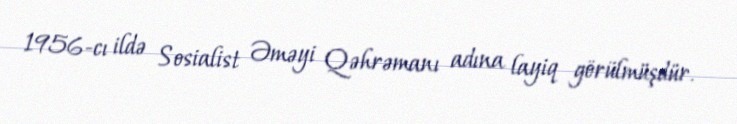
1956-cı ildə Sosialist Əməyi Qəhrəmanı adına layiq görülmüşdür.